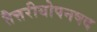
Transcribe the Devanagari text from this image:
तैत्तरीयोपनषद